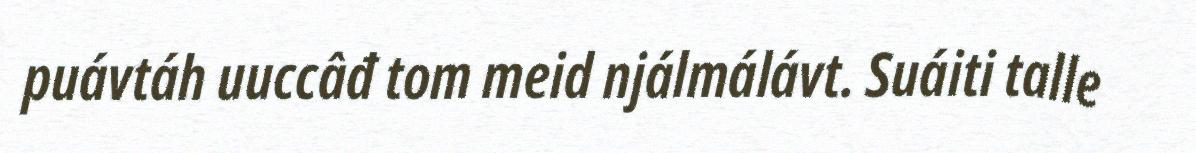
puávtáh uuccâđ tom meid njálmálávt. Suáiti talle